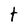
Character: t